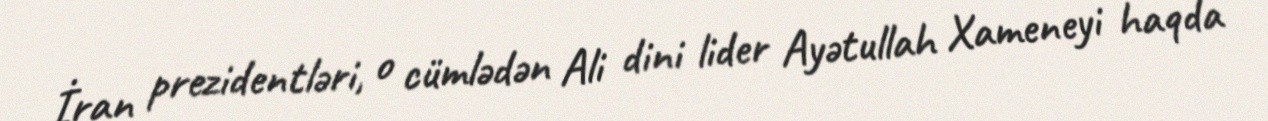
İran prezidentləri, o cümlədən Ali dini lider Ayətullah Xameneyi haqda